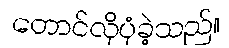
တောင်လိုပုံခဲ့သည်။